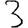
Digit: 3